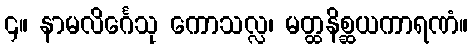
၄။ နာမလိင်္ဂေသု ကောသလ္လ၊ မတ္ထနိစ္ဆယကာရဏံ။